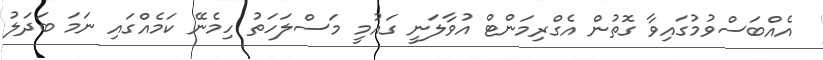
އެއްބަސްވުމުގައިވާ ގޮތުން އެގްރިމަންޓް އުވާލަނީ ގައުމީ މަސްލަހަތު ހިމެނޭ ކަމެއްގައި ނަމަ ބަދަލު